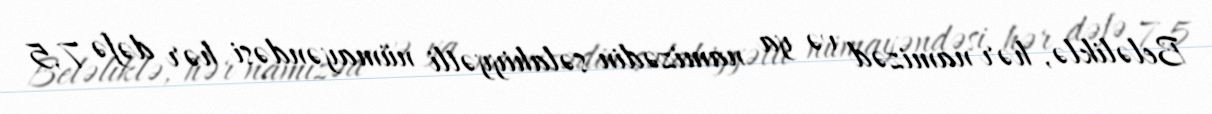
Beləliklə, hər namizəd və ya namizədin səlahiyyətli nümayəndəsi hər dəfə 7,5